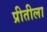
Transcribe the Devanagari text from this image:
प्रीतीला